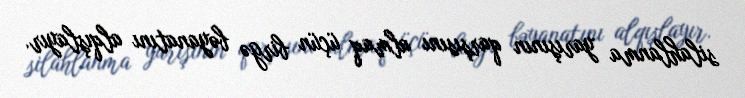
silahlanma yarışının qarşısını almaq üçün birgə bəyanatını alqışlayır.